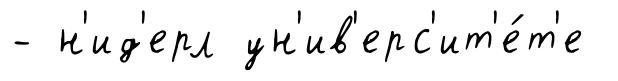
- н'ид'ерл ун'ив'ерс'ит'е́т'е